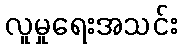
လူမှုရေးအသင်း